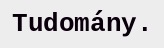
Tudomány.